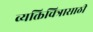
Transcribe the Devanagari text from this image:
व्यक्तिचित्रासाठी